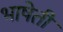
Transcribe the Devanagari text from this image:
भाषेती